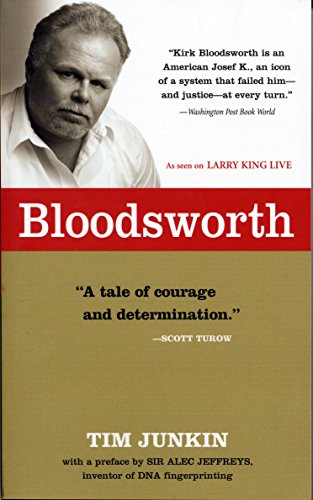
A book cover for Bloodsworth: The True Story of One Man's Triumph over Injustice (Shannon Ravenel Books); Tim Junkin; Biographies & Memoirs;